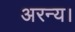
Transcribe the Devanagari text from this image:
अरन्य।